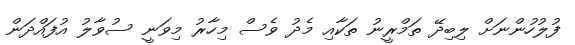
ފުލުހުންނަށް ލިބިދޭ ތަމްރީނު ތަކާއި މެދު ވެސް މިހާރު މިވަނީ ސުވާލު އުފައްދަން